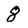
Character: 8